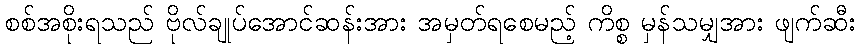
စစ်အစိုးရသည် ဗိုလ်ချုပ်အောင်ဆန်းအား အမှတ်ရစေမည့် ကိစ္စ မှန်သမျှအား ဖျက်ဆီး